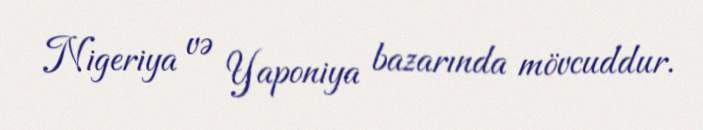
Nigeriya və Yaponiya bazarında mövcuddur.